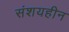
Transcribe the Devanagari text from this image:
संशयहीन